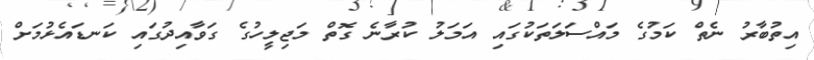
އިތުބާރު ނެތް ކަމުގެ މައްސަލަތަކުގައި އަމަލު ކުރާނެ ގޮތް މަޖިލީހުގެ ގަވާއިދުގައި ކަނޑައެޅުމަށް